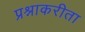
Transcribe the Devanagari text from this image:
प्रश्नाकरीता